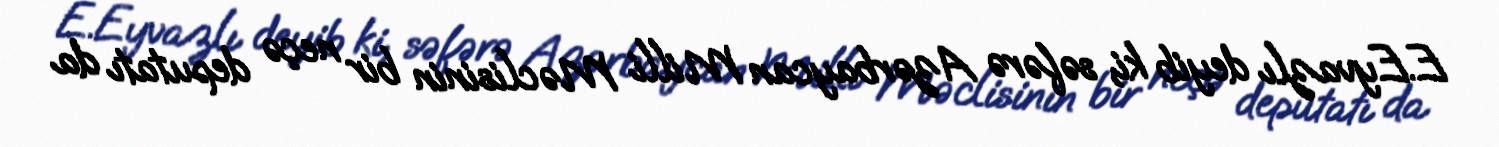
E.Eyvazlı deyib ki, səfərə Azərbaycan Milli Məclisinin bir neçə deputatı da